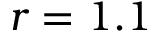
r = 1 . 1